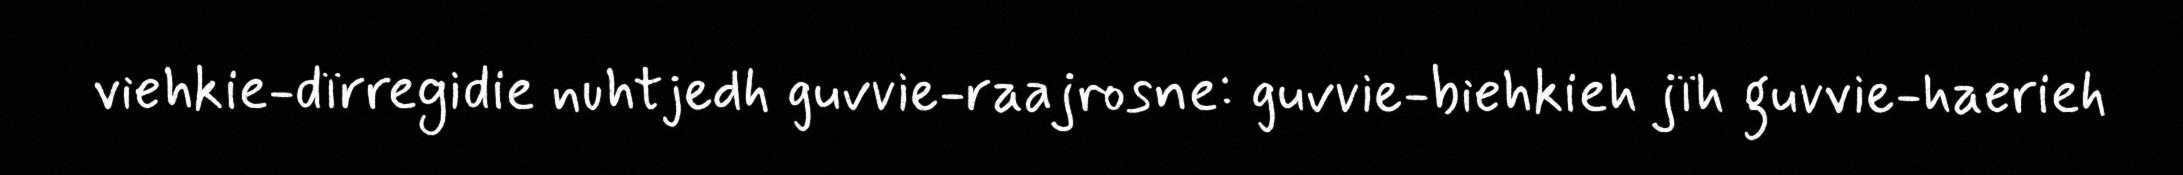
viehkie-dïrregidie nuhtjedh guvvie-raajrosne: guvvie-biehkieh jïh guvvie-haerieh